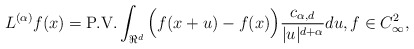
\begin{align*}L^{(\alpha)}f(x)= \hbox{P.V.} \int_{\Re^d}\Big(f(x+u)-f(x)\Big)\frac{c_{\alpha,d}}{|u|^{d+\alpha}}du, f\in C_\infty^2,\end{align*}